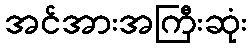
အင်အားအကြီးဆုံး